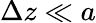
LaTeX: \Delta z\ll a